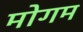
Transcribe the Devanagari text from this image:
मोगम